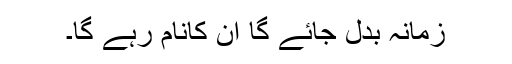
زمانہ بدل جائے گا اُن کانام رہے گا۔